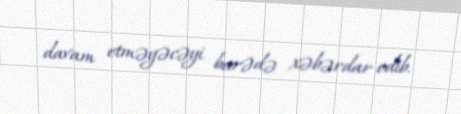
davam etməyəcəyi barədə xəbərdar edib.